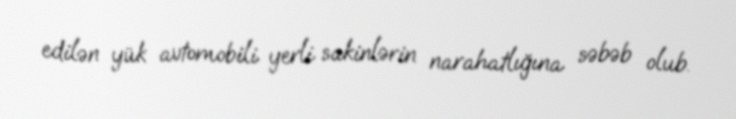
edilən yük avtomobili yerli sakinlərin narahatlığına səbəb olub.